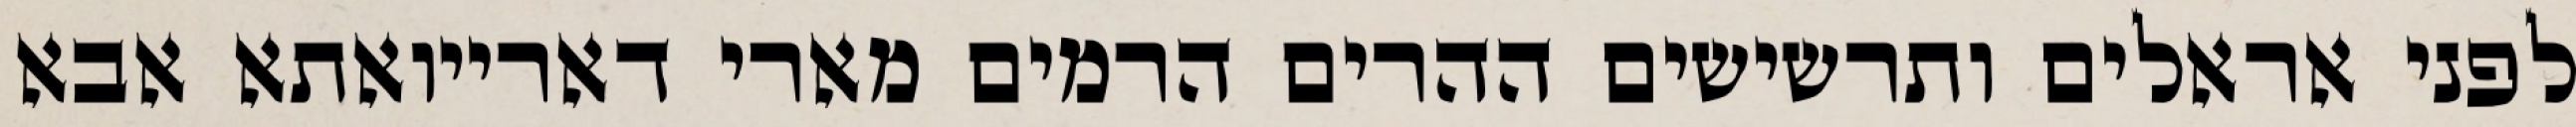
לפני אראלים ותרשישים ההרים הרמים מארי דארייואתא אבא